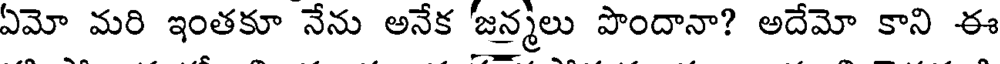
ఏమో మరి ఇంతకూ నేను అనేక జన్మలు పొందానా? అదేమో కాని ఈ